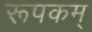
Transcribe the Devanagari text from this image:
रूपकम्